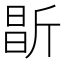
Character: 㫀